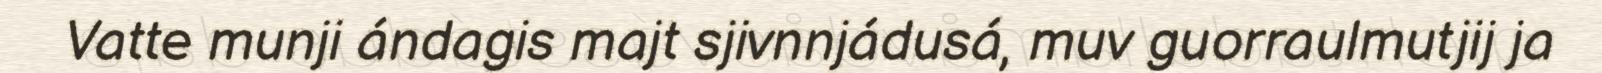
Vatte munji ándagis majt sjivnnjádusá, muv guorraulmutjij ja